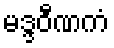
မဒ္ဒဝီဏကံ